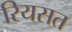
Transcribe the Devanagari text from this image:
रियसत